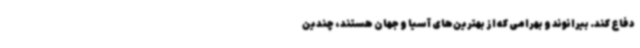
دفاع کند. بیرانوند و بهرامی که از بهترین‌های آسیا و جهان هستند، چندین